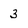
Character: 3